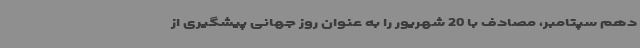
دهم سپتامبر، مصادف با 20 شهریور را به عنوان روز جهانی پیشگیری از